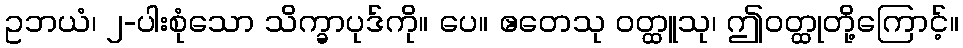
ဥဘယံ၊ ၂-ပါးစုံသော သိက္ခာပုဒ်ကို။ ပေ။ ဧတေသု ဝတ္ထူသု၊ ဤဝတ္ထုတို့ကြောင့်။